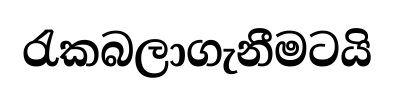
රැකබලාගැනීමටයි